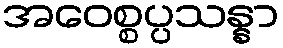
အဝေစ္စပ္ပသန္နာ